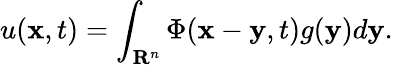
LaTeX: u(\mathbf{x},t)=\int_{\mathbf{R}^{n}}\Phi(\mathbf{x}-\mathbf{y},t)g(\mathbf{y})d\mathbf{y}.